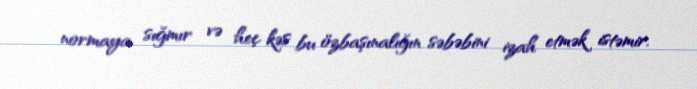
normaya sığmır və heç kəs bu özbaşınalığın səbəbini izah etmək istəmir.